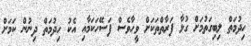
ހިދުމަތް ލިބިގަތުމަށް ގުޅާ ފަރާތްތަކަށް ވީހާވެސް ފަސޭހަކަމާއި އެކު ހިދުމަތް ދިނުން ކަަމަށް